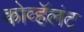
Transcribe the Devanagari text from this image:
कोव्हॅलंट